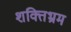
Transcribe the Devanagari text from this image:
शक्तिभ्रम